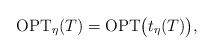
LaTeX: \begin{align*}\textrm{OPT}_{\eta}(T) = \textrm{OPT}\big(t_{\eta}(T)\big),\end{align*}